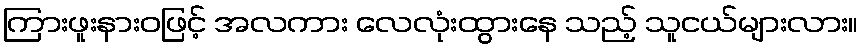
ကြားဖူးနားဝဖြင့် အလကား လေလုံးထွားနေ သည့် သူငယ်များလား။